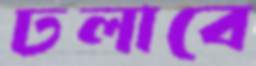
ঢলাবে